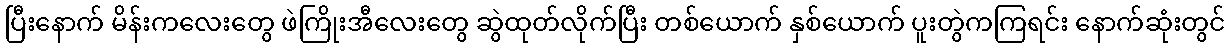
ပြီးနောက် မိန်းကလေးတွေ ဖဲကြိုးအီလေးတွေ ဆွဲထုတ်လိုက်ပြီး တစ်ယောက် နှစ်ယောက် ပူးတွဲကကြရင်း နောက်ဆုံးတွင်